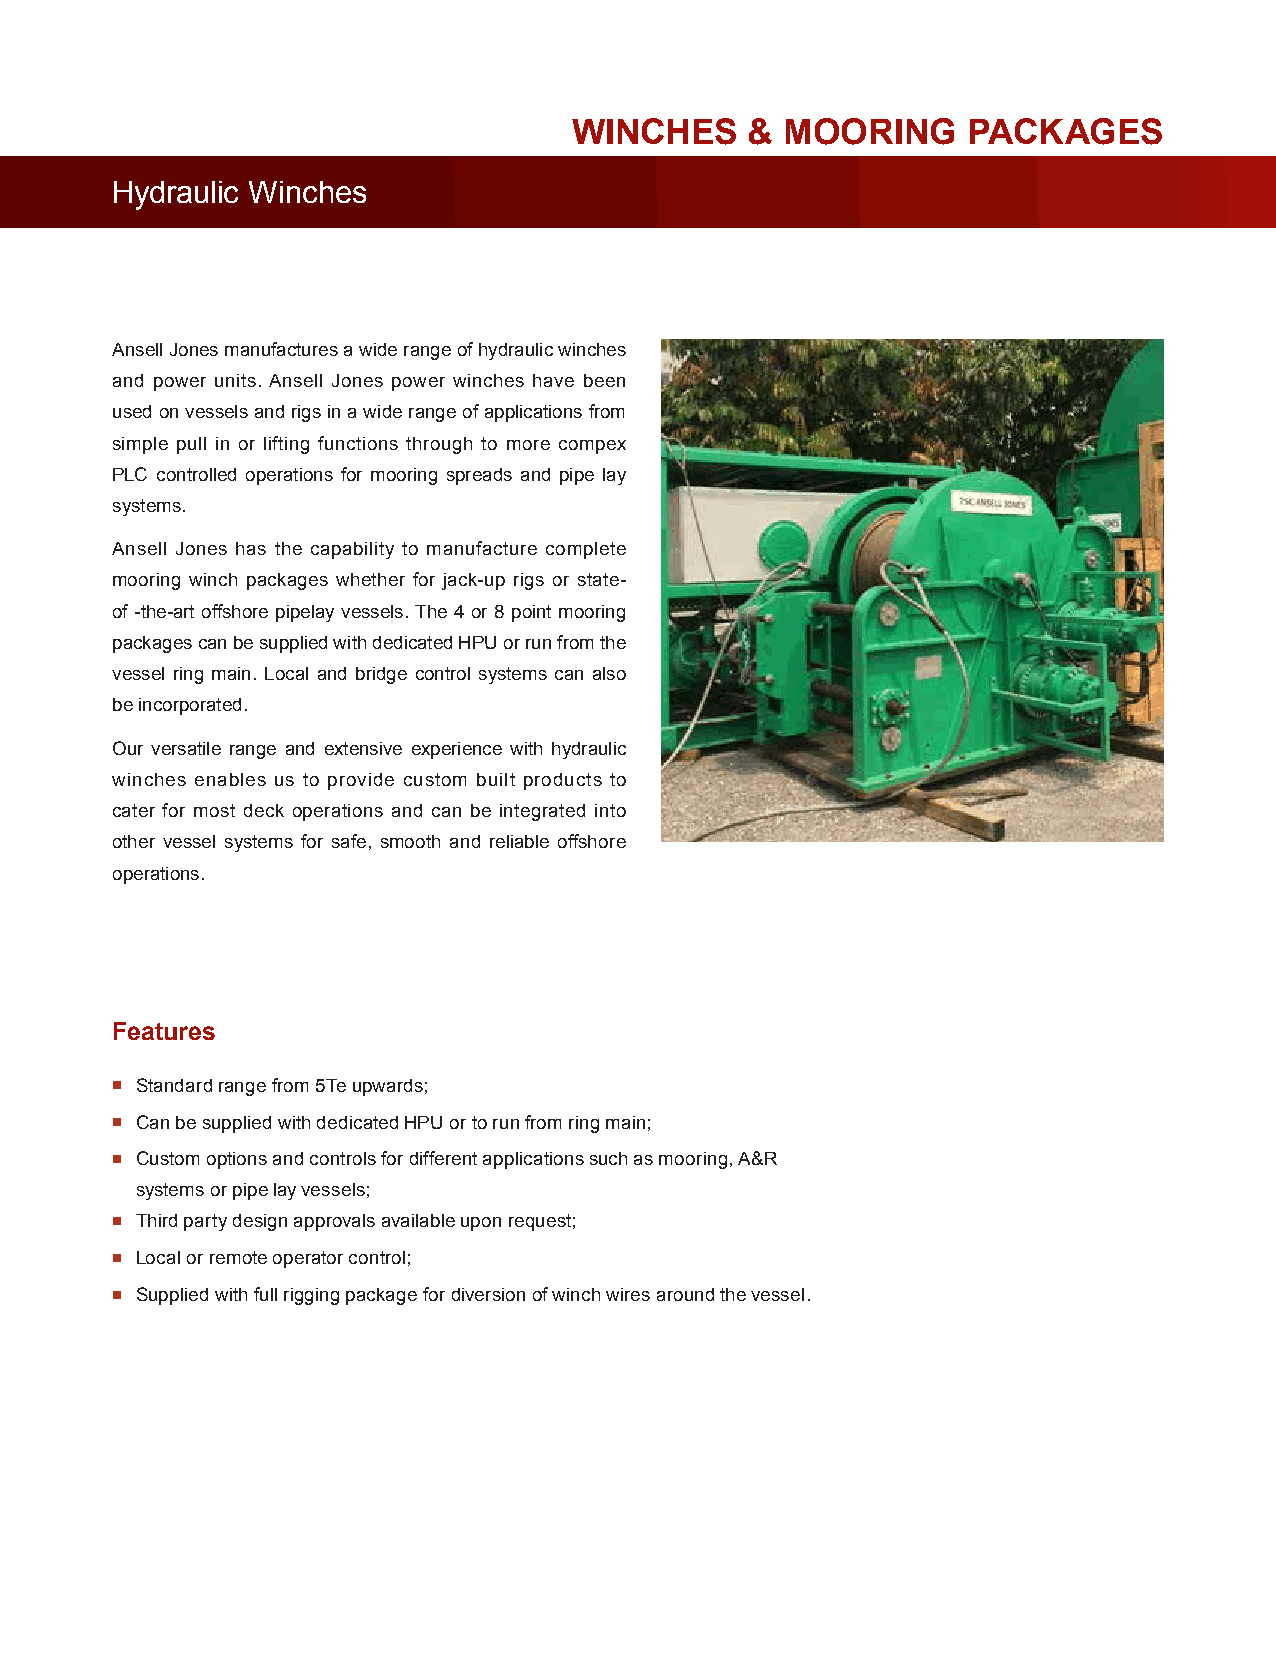
WINCHES     & MOORING     PACKAGES
 Hydraulic Winches
 Ansell Jones manufactures a wide range of hydraulic winches
 and power units. Ansell Jones power winches have been
 used on vessels and rigs in a wide range of applications from
 simple pull in or lifting functions through to more compex
 PLC controlled operations for mooring spreads and pipe lay
 systems.
 Ansell Jones has the capability to manufacture complete
 mooring winch packages whether for jack-up rigs or state-
 of -the-art offshore pipelay vessels. The 4 or 8 point mooring
 packages can be supplied with dedicated HPU or run from the
 vessel ring main. Local and bridge control systems can also
 be incorporated.
 Our versatile range and extensive experience with hydraulic
 winches enables us to provide custom built products to
 cater for most deck operations and can be integrated into
 other vessel systems for safe, smooth and reliable offshore
 operations.
 Features
 ▪ Standard range from 5Te upwards;
 ▪ Can be supplied with dedicated HPU or to run from ring main;
 ▪ Custom options and controls for different applications such as mooring, A&R
 systems or pipe lay vessels;
 ▪ Third party design approvals available upon request;
 ▪ Local or remote operator control;
 ▪ Supplied with full rigging package for diversion of winch wires around the vessel.